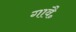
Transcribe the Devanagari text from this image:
गावै॰